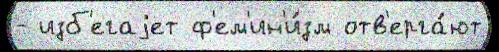
- изб'егаjет ф'ем'ин'и́зм отв'ерга́ют